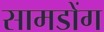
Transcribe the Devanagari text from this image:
सामडोंग